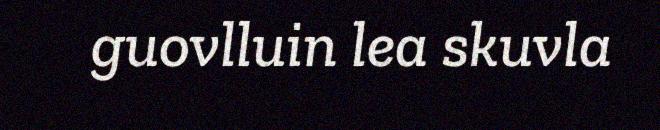
guovlluin lea skuvla